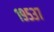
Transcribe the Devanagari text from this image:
१९५३७